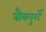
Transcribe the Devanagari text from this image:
बौकवुर्स्टे